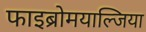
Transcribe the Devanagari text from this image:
फाइब्रोमयाल्जिया